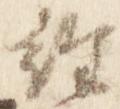
経